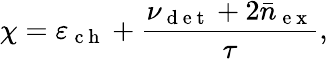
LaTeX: \chi=\varepsilon_{\mathrm{~c~h~}}+\frac{\nu_{\mathrm{~d~e~t~}}+2\bar{n}_{\mathrm{~e~x~}}}{\tau},